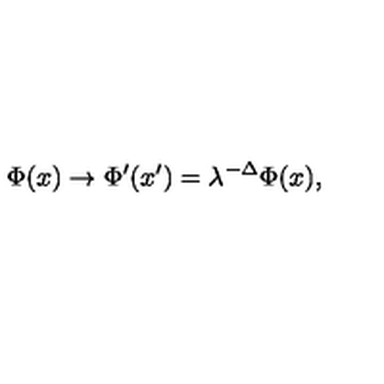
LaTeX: \Phi ( x ) \rightarrow \Phi ^ { \prime } ( x ^ { \prime } ) = \lambda ^ { - \Delta } \Phi ( x ) ,